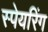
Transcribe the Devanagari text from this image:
स्पेयरिंग